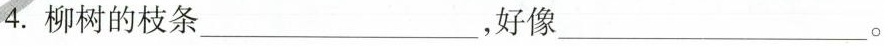
4.柳树的枝条___，好像___。